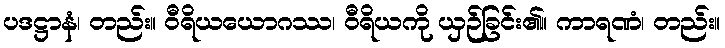
ပဒဋ္ဌာနံ၊ တည်း။ ဝီရိယယောဂဿ၊ ဝီရိယကို ယှဉ်ခြင်း၏။ ကာရဏံ၊ တည်း။